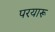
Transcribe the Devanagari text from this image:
परयारू